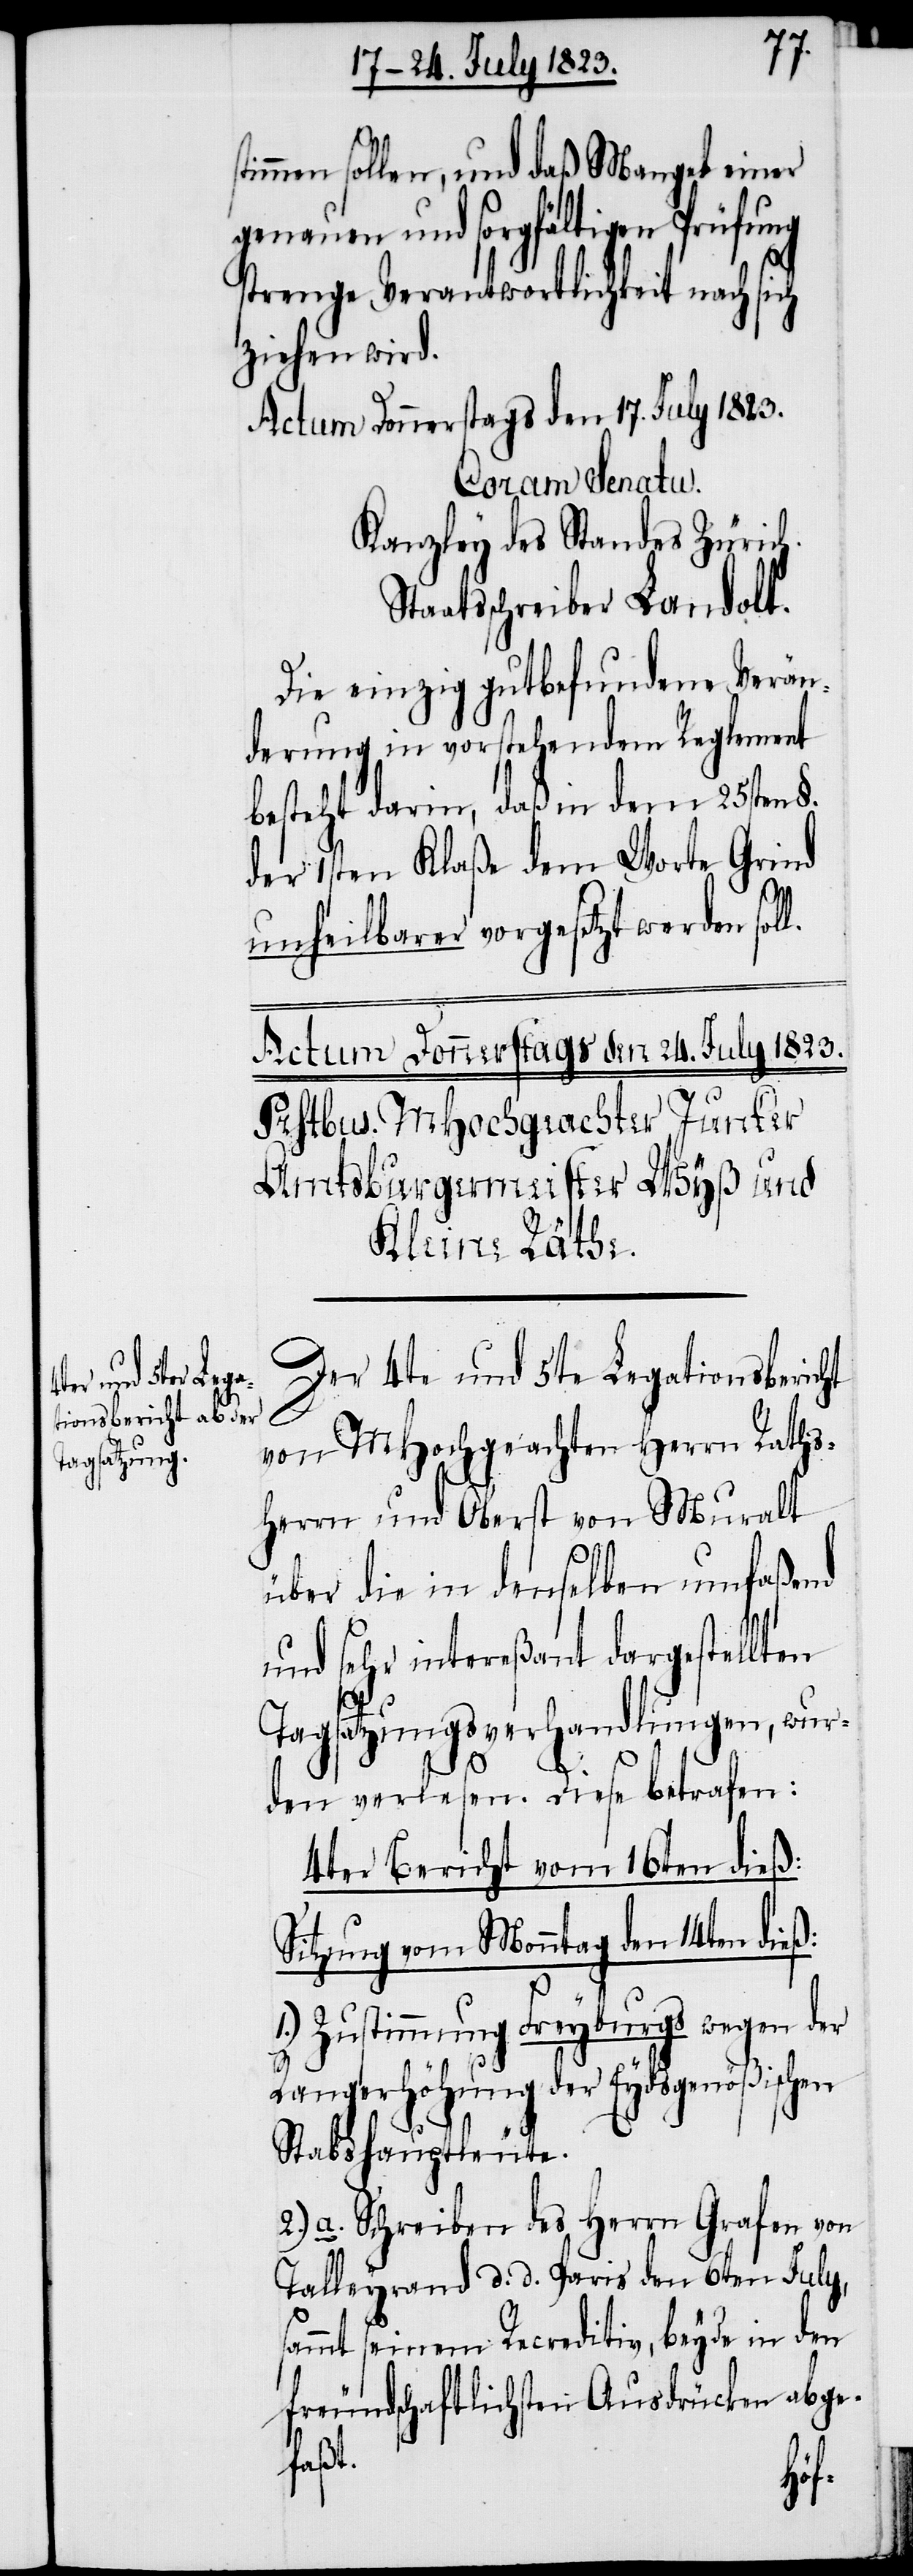
immen sollen, und daß Mangel einer
genauen und sorgfältigen Prüfung
strenge Verantwortlichkeit nach sich
ziehen wird.
Actum Donnerstags den 17. July 1823.
Coram Senatu.
Kanzley des Standes Zürich.
Staatsschreiber Landolt.
Die einzig gutbefundene Verän¬
derung in vorstehendem Reglement
besteht darin, daß in dem 25sten §.
der 1sten Klaße dem Worte Grind
unheilbarer vorgesetzt werden sol¬
Der 4te und 5te Legationsbericht
von MHochgeachten Herrn Raths¬
herrn und Oberst von Muralt
über die in denselben umfaßend
und sehr intereßant dargestellten
Tagsatzungsverhandlungen, wur¬
den verlesen. Diese betrafen:
4ter Bericht vom 16ten dieß:
Sitzung vom Monntag den 14ten dieß:
1.) Zustimmung Freyburgs wegen der
Rangerhöhung der Eydsgenößischen
l.
Stabshauptleute.
2.) a. Schreiben des Herrn Grafen von
Talleyrand d. d. Paris den 6ten July,
sammt seinem Recreditiv, beyde in den
freundschaftlichsten Ausdrücken abge¬
faßt.